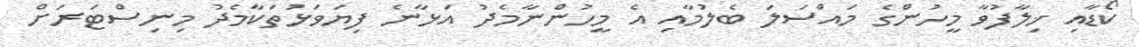
ކޯޑާއި ޚިލާފުވާ މީހުންގެ މައްސަލަ ބެލުމާއި އެ މީހުންނާމެދު އަޅާނެ ފިޔަވަޅުތަކާމެދު މިނިސްޓަރަށް